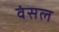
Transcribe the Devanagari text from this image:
वंसल